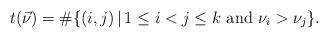
LaTeX: \begin{align*}t(\vec{\nu})=\#\{ (i, j) \, | \, 1\le i<j \le k \,\, \mathrm{and} \,\, \nu_{i}>\nu_{j} \}. \end{align*}